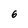
Character: 6